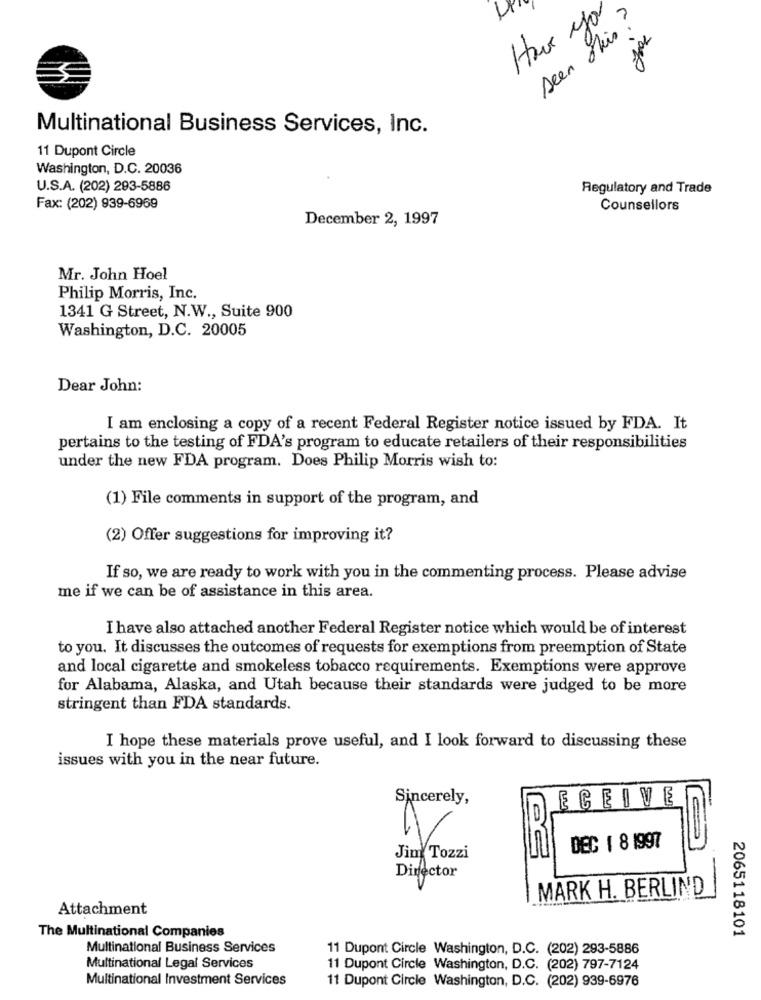
seen skis?
jou
Multinational Business Services, Inc.
11 Dupont Circle
Washington, D.C. 20036
U.S.A. (202) 293-5886
Regulatory and Trade
Fax: (202) 939-6969
Counsellors
December 2, 1997
Mr. John Hoel
Philip Morris, Inc.
1341 G Street, N.W ., Suite 900
Washington, D.C. 20005
Dear John:
I am enclosing a copy of a recent Federal Register notice issued by FDA. It
pertains to the testing of FDA's program to educate retailers of their responsibilities
under the new FDA program. Does Philip Morris wish to:
(1) File comments in support of the program, and
(2) Offer suggestions for improving it?
If so, we are ready to work with you in the commenting process. Please advise
me if we can be of assistance in this area.
I have also attached another Federal Register notice which would be of interest
to you. It discusses the outcomes of requests for exemptions from preemption of State
and local cigarette and smokeless tobacco requirements. Exemptions were approve
for Alabama, Alaska, and Utah because their standards were judged to be more
stringent than FDA standards.
I hope these materials prove useful, and I look forward to discussing these
issues with you in the near future.
Sincerely,
ECEIVE
DEC 1 8 1997
Jing Tozzi
Director
MARK H. BERLIND
Attachment
The Multinational Companies
2065118101
Multinational Business Services
11 Dupont Circle Washington, D.C. (202) 293-5886
Multinational Legal Services
11 Dupont Circle Washington, D.C. (202) 797-7124
Multinational Investment Services
11 Dupont Circle Washington, D.C. (202) 939-6976